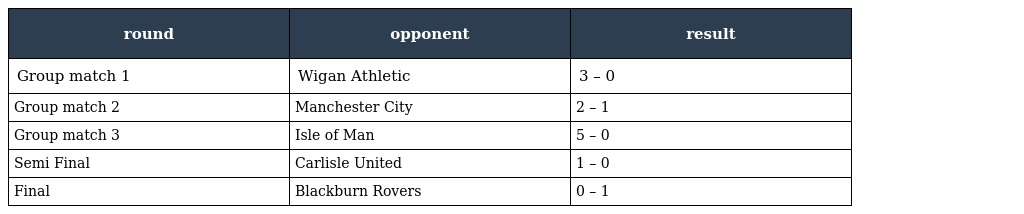
| round | opponent | result |
 | --- | --- | --- |
 | Group match 1 | Wigan Athletic | 3 – 0 |
 | Group match 2 | Manchester City | 2 – 1 |
 | Group match 3 | Isle of Man | 5 – 0 |
 | Semi Final | Carlisle United | 1 – 0 |
 | Final | Blackburn Rovers | 0 – 1 |